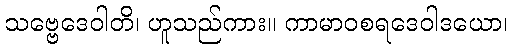
သဗ္ဗေဒေဝါတိ၊ ဟူသည်ကား။ ကာမာဝစရဒေဝါဒယော၊